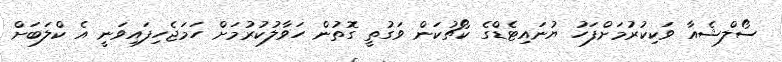
ސޯލްޝެއާ ވަކިކުރުމަށްފަހު ޔުނައިޓެޑްގެ ކޯޗުކަން ވަގުތީ ގޮތުން ހަވާލުކުރުމަށް ހަމަޖެހިފައިވަނީ އެ ކްލަބަށް